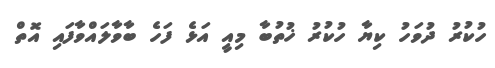
ހުކުރު ދުވަހު ކިޔާ ހުކުރު ޚުތުބާ މިއީ އަޅެ ފަހެ ބާވާލައްވާފައި އޮތް